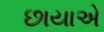
છાયાએ